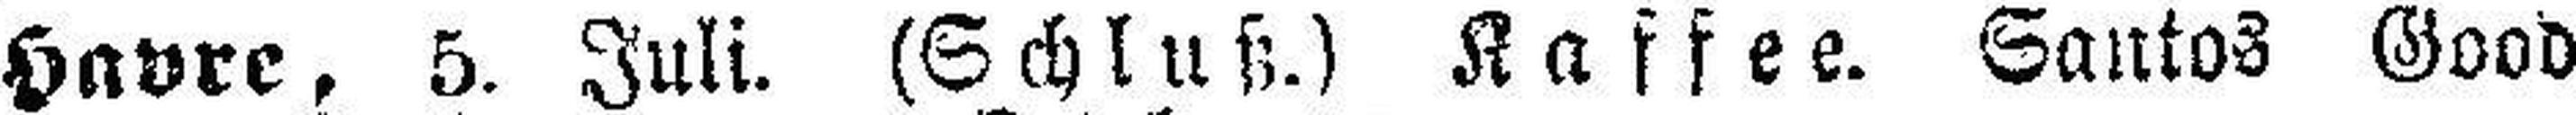
Havre, 5. Juli. (Schluß.) Kaffee. Santos Good